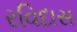
રવિદાસ